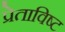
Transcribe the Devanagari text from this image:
प्रेताविष्ट